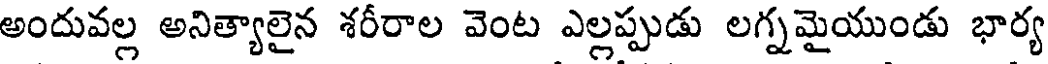
అందువల్ల అనిత్యాలైన శరీరాల వెంట ఎల్లప్పుడు లగ్నమైయుండు భార్య